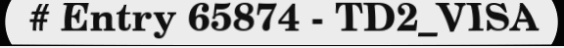
# Entry 65874 - TD2_VISA